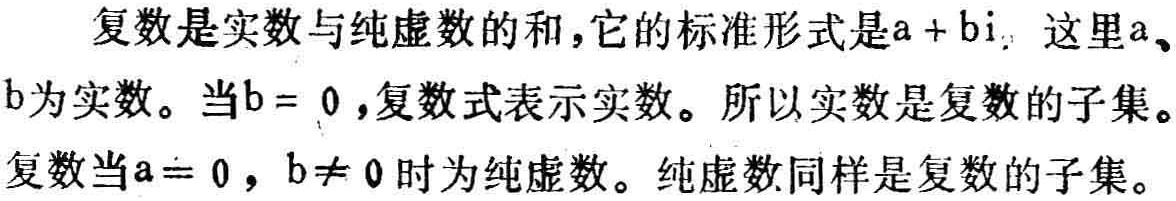
复数是实数与纯虚数的和,它的标准形式是\(a + bi\)，这里\(a\)、\(b\)为实数。当\(b = 0\)，复数式表示实数。所以实数是复数的子集。复数当\(a = 0\)，\(b\neq 0\)时为纯虚数。纯虚数同样是复数的子集。